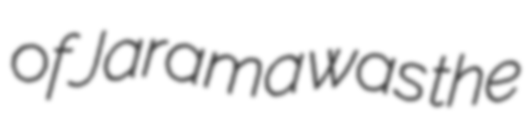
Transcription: of Jarama was the